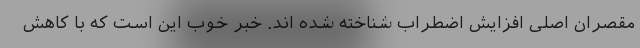
مقصران اصلی افزایش اضطراب شناخته شده اند. خبر خوب این است که با کاهش